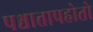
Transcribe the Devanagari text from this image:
पश्चात्तापहोतो